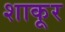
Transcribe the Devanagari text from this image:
शाकूर